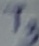
Text: T3